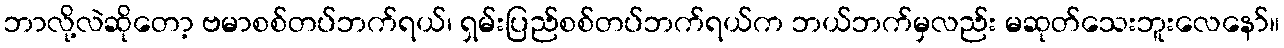
ဘာလို့လဲဆိုတော့ ဗမာစစ်တပ်ဘက်ရယ်၊ ရှမ်းပြည်စစ်တပ်ဘက်ရယ်က ဘယ်ဘက်မှလည်း မဆုတ်သေးဘူးလေနော်။